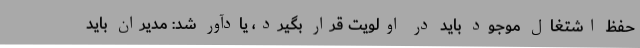
حفظ اشتغال موجود باید در اولویت قرار بگیرد، یادآور شد: مدیران باید